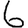
Digit: 6